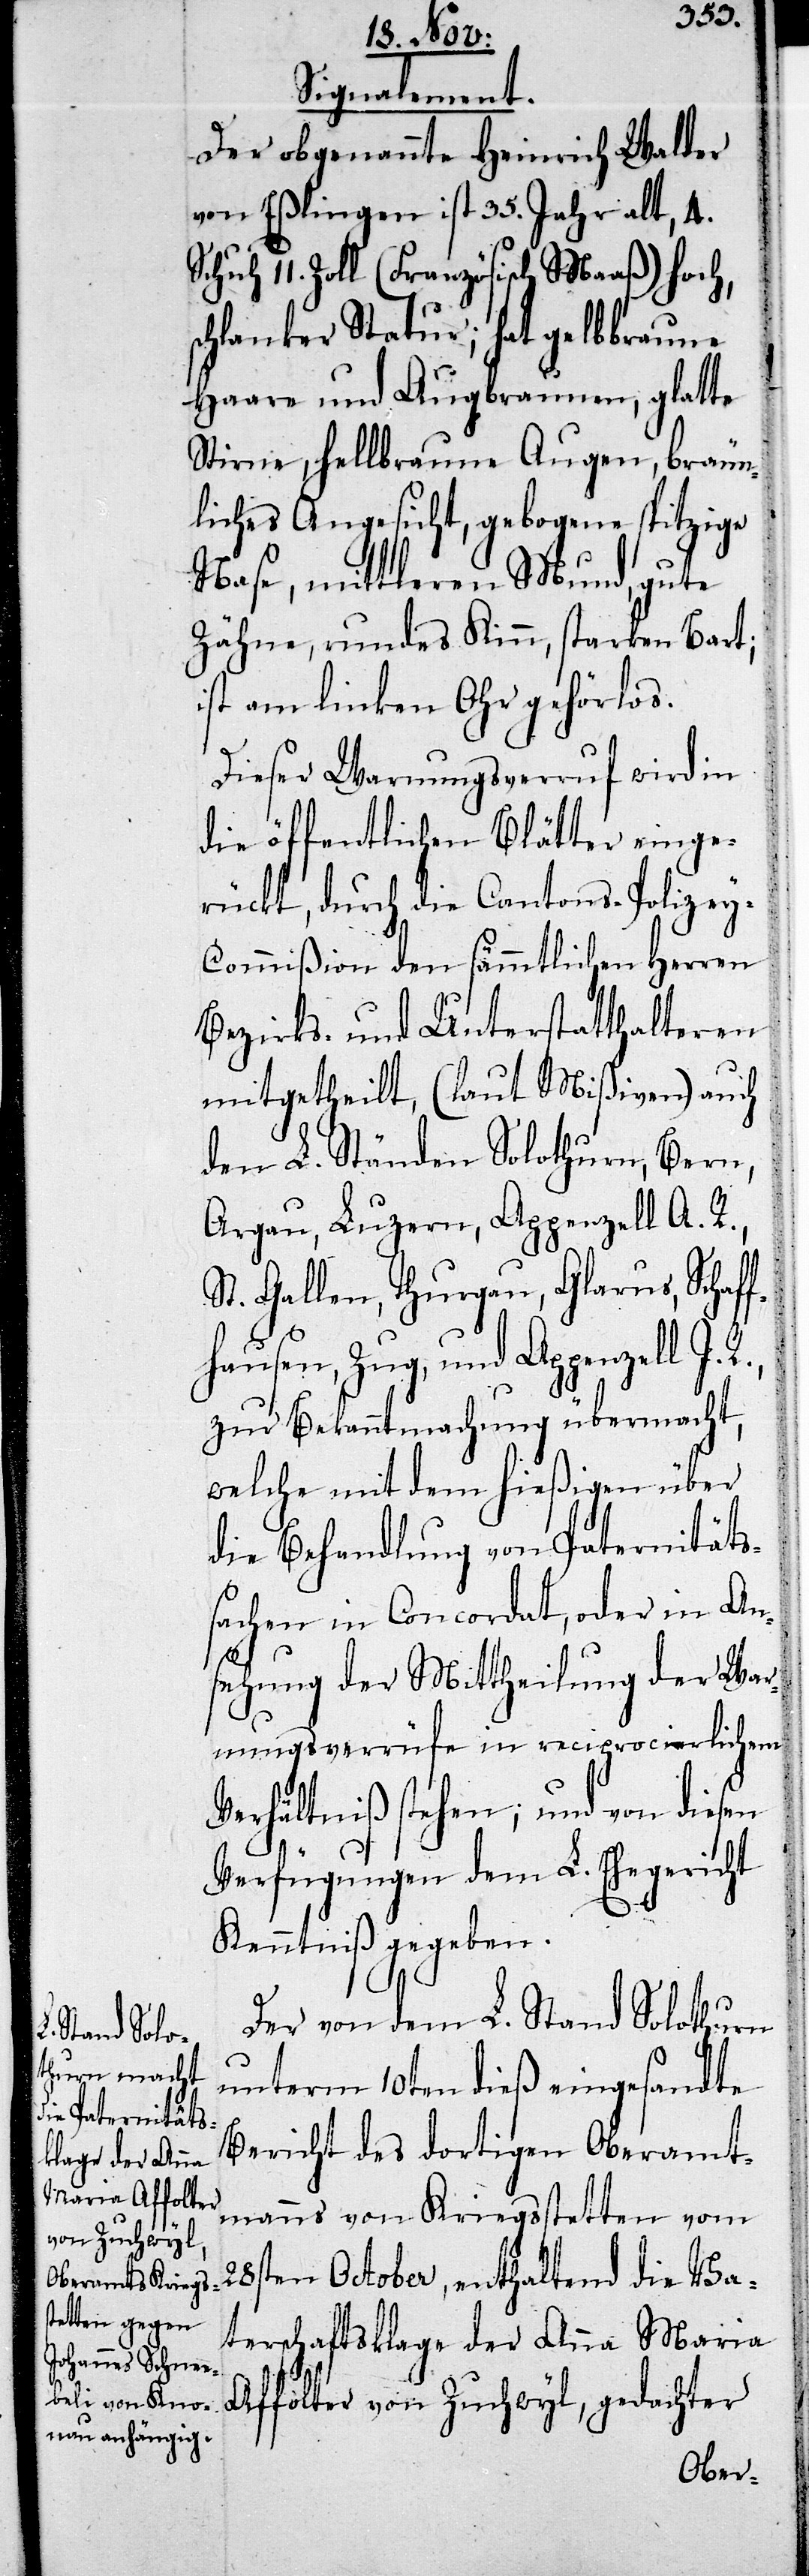
Signalement.
Der obgenannte Heinrich Walder
von Eßlingen ist 35. Jahr alt, 4.
Schuh 11. Zoll (Französisch Maaß) hoch,
schlanker Statur; hat gelbbraune
Haare und Augenbrauen, glatte
Stirne, hellbraune Augen, bräun¬
liches Angesicht, gebogene spitzige
Nase, mittleren Mund, gute
Zähne, rundes Kinn, starken Bart;
ist am linken Ohr gehörlos.
Dieser Warnungsverruf wird in
die öffentlichen Blätter einge¬
rückt, durch die Cantons-Polizey-C¬
ommißion den sämmtlichen Herren
Bezirks- und Unterstatthalteren
mitgetheilt, (laut Mißiven) auch
den L. Ständen Solothurn, Bern,
Argau, Luzern, Appenzell A. R.,
St. Gallen, Thurgau, Glarus, Schaf¬
fhausen, Zug, und Appenzell I.
zur Bekanntmachung übermacht,
welche mit dem hießigen über
die Behandlung von Paternitäts¬
sachen in Concordat, oder in An¬
sehung der Mittheilung der War¬
nungsverrüfe in reciprocierlichem
Verhältniß stehen; und von die¬
Verfügungen dem L. Ehegericht
Kenntniß gegeben.
Der von dem L. Stand Solothurn
unterm 10ten dieß eingesandte
Bericht des dortigen Oberamt¬
manns von Kriegsstetten vom
28sten October, enthaltend die Va¬
terschaftsklage der Anna Maria
sen
Affolter von Zuchwyl, gedachter